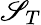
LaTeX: \mathscr{S}_{T}